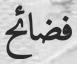
فضائح